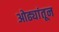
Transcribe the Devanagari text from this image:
ओढ्यांतून